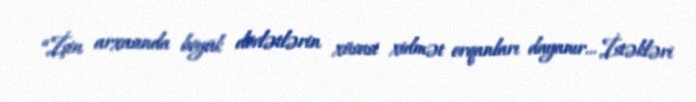
“İşin arxasında böyük dövlətlərin xüsusi xidmət orqanları dayanır... İstəkləri